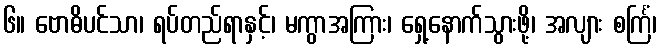
၆။ ဗောဓိပင်သာ၊ ရပ်တည်ရာနှင့်၊ မကွာအကြား၊ ရှေ့နောက်သွားဖို့၊ အလျား စင်္ကြံ၊